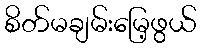
စိတ်မချမ်းမြေ့ဖွယ်